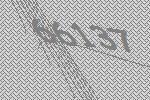
66137